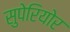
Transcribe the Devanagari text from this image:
सुपेरियोर